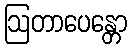
ဩတာပေန္တော